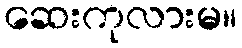
ဆေးကုလားမ။